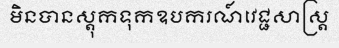
មិនបានស្តុកទុកឧបករណ៍វេជ្ជសាស្ត្រ